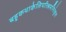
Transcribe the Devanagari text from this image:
बहुकथाकेलिपरिश्रमनिरंकुश